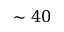
\sim 4 0